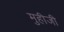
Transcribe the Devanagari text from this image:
मुहीजी